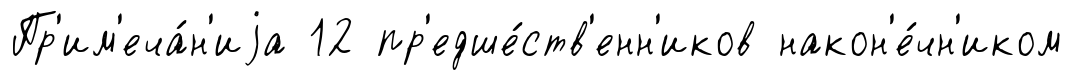
Пр'им'еча́н'иjа 12 пр'едше́ств'енн'иков након'е́чн'иком